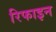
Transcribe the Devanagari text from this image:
रिफाइन